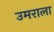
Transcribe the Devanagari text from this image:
उमराला